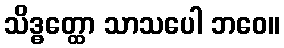
သိဒ္ဓတ္ထော သာသပေါ ဘဝေ။